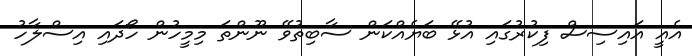
އެއީ އައިސިސް ފިކުރުގައި އުޅޭ ބަޔެއްކަން ސާބިތުވޭ ނޫންތަ މިމީހުން ހޯދައި އިސްލާހު